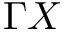
\Gamma X